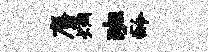
麝炯班龄